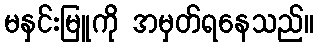
မနှင်းမြူကို အမှတ်ရနေသည်။